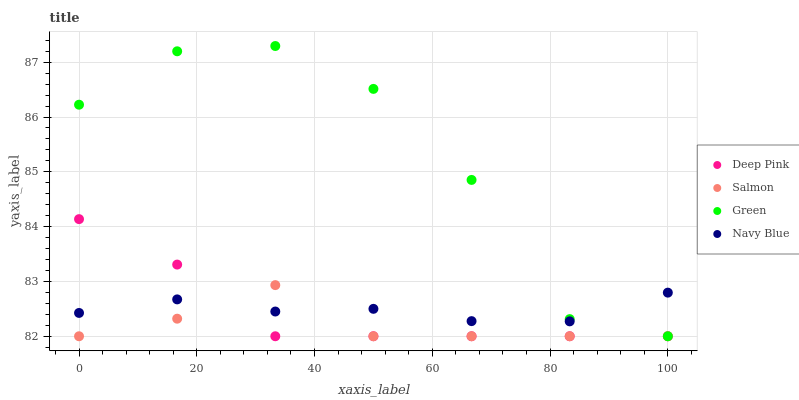
| xaxis_label | Deep Pink | Salmon | Green | Navy Blue |
 | --- | --- | --- | --- | --- |
 | 0 | 84.1 | 82 | 86.2 | 82.4 |
 | 16.7 | 83.3 | 82.3 | 87.2 | 82.7 |
 | 33.3 | 82 | 82.9 | 87.3 | 82.5 |
 | 50 | 82 | 82 | 86.5 | 82.5 |
 | 66.7 | 82 | 82 | 84.9 | 82.3 |
 | 83.3 | 82 | 82 | 82.3 | 82.3 |
 | 100 | 82 | 82 | 82 | 82.8 |